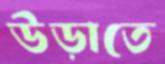
উড়াতে